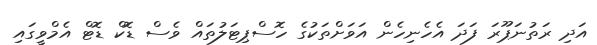
އަދި ރަތުނަޕޫރަ ފަދަ އެހެނިހެން އަވަށްތަކުގެ ހޮސްޕިޓަލުތައް ވެސް ޑޮކް ޑޮޓް އެމްވީގައި